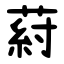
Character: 葤